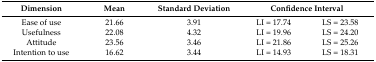
| Dimension | Mean | Standard Deviation | <COLSPAN=2> Confidence Interval |
 | --- | --- | --- | --- | --- |
 | Ease of use | 21.66 | 3.91 | LI = 17.74 | LS = 23.58 |
 | Usefulness | 22.08 | 4.32 | LI = 19.96 | LS = 24.20 |
 | Attitude | 23.56 | 3.46 | LI = 21.86 | LS = 25.26 |
 | Intention to use | 16.62 | 3.44 | LI = 14.93 | LS = 18.31 |